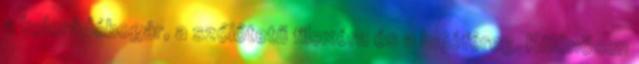
a kolorádóbogár, a szőlőtetű filoxéra és a hajóféreg. Különösen